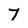
Character: 7